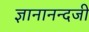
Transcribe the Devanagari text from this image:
ज्ञानानन्दजी